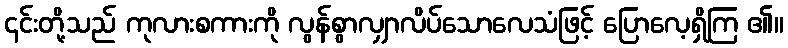
၎င်းတို့သည် ကုလားစကားကို လွန်စွာလျှာလိပ်သောလေသံဖြင့် ပြောလေ့ရှိကြ ၏။